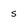
Character: s